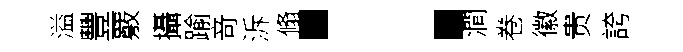
溢豐覈攝踰竒泝翛：澗卷徽贵誇